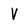
Character: v